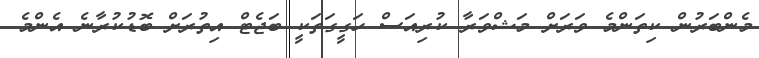
މެންބަރުން ކިތަންމެ ވަރަށް މަޝްވަރާ ކުރިއަސް ހަގީގަތަކީ ބަޖެޓް އިތުރަށް ބޮޑުކުރާނެ އެންމެ